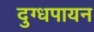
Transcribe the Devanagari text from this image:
दुग्धपायन